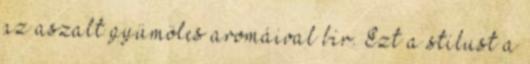
az aszalt gyümölcs aromáival bír. Ezt a stílust a